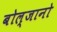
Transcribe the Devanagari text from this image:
बोल्जानो